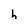
Character: h